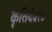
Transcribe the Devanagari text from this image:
कृतिदेव१०